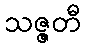
သဇ္ဇတီ